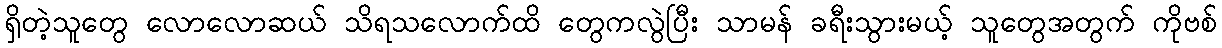
ရှိတဲ့သူတွေ လောလောဆယ် သိရသလောက်ထိ တွေကလွဲပြီး သာမန် ခရီးသွားမယ့် သူတွေအတွက် ကိုဗစ်